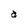
Character: a